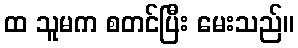
ထ သူမက စတင်ပြီး မေးသည်။